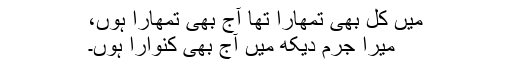
میں کل بھی تمھارا تھا آج بھی تمھارا ہوں،
میرا جرم دیکھ میں آج بھی کنوارا ہوں۔